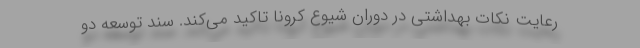
رعایت نکات بهداشتی در دوران شیوع کرونا تاکید می‌کند. سند توسعه دو